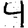
Digit: 4